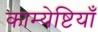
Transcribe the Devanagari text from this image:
काम्येष्टियाँ